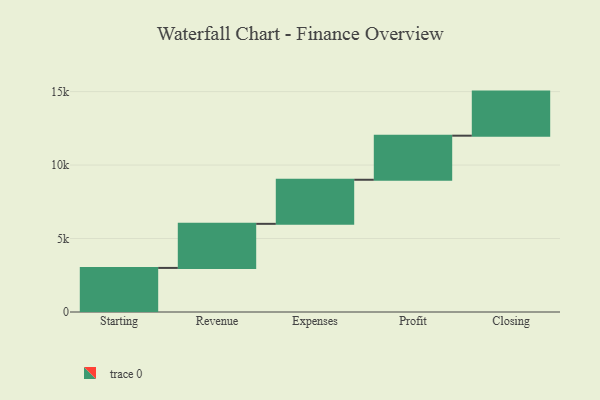
{"axis": {"x": "Step", "y": "Value"}, "legend": [""], "data": [{"x": "Starting", "y": 3000, "type": ""}, {"x": "Revenue", "y": 3000, "type": ""}, {"x": "Expenses", "y": 3000, "type": ""}, {"x": "Profit", "y": 3000, "type": ""}, {"x": "Closing", "y": 3000, "type": ""}]}